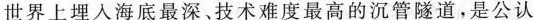
世界上埋人海底最深。技术难度最高的沉管隧道，是公认